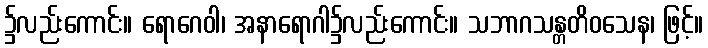
၌လည်းကောင်း။ ရောဂေဝါ၊ အနာရောဂါ၌လည်းကောင်း။ သဘာဂသန္တတိဝသေန၊ ဖြင့်။